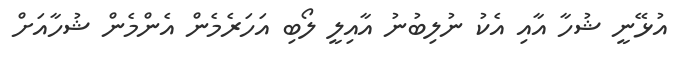
އުޅޭނީ ޝުހާ އާއި އެކު ނުލިބުނު އާއިލީ ލޯބި އަހަރެމެން އެންމެން ޝުހާއަށް